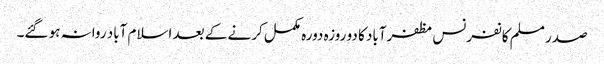
صدر مسلم کانفرنس مظفرآباد کا دو روزہ دورہ مکمل کرنے کے بعد اسلام آباد روانہ ہو گئے۔